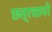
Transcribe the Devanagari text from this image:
छत्रचामरे